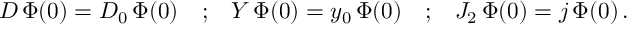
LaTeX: \begin{array} { c c c c c } { { D \, \Phi ( 0 ) = D _ { 0 } \, \Phi ( 0 ) } } & { { ; } } & { { Y \, \Phi ( 0 ) = y _ { 0 } \, \Phi ( 0 ) } } & { { ; } } & { { J _ { 2 } \, \Phi ( 0 ) = j \, \Phi ( 0 ) \, . } } \end{array}